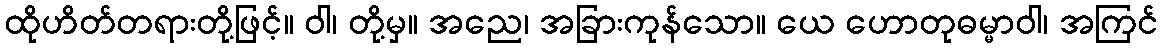
ထိုဟိတ်တရားတို့ဖြင့်။ ဝါ၊ တို့မှ။ အညေ၊ အခြားကုန်သော။ ယေ ဟောတုဓမ္မာဝါ၊ အကြင်